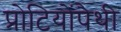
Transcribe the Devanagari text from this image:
प्रोटियोंपैथी